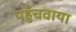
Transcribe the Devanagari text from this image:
पहुँचवाया